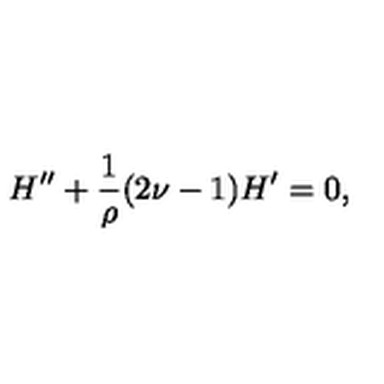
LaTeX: H ^ { \prime \prime } + { \frac { 1 } { \rho } } ( 2 \nu - 1 ) H ^ { \prime } = 0 ,